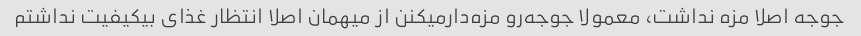
جوجه اصلا مزه نداشت، معمولا جوجه‌رو مزه‌دارمیکنن از میهمان اصلا انتظار غذای بیکیفیت نداشتم